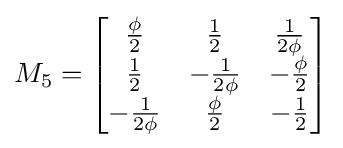
M_{5}={\begin{bmatrix}{\frac {\phi }{2}}&{\frac {1}{2}}&{\frac {1}{2\phi }}\\{\frac {1}{2}}&-{\frac {1}{2\phi }}&-{\frac {\phi }{2}}\\-{\frac {1}{2\phi }}&{\frac {\phi }{2}}&-{\frac {1}{2}}\end{bmatrix}}